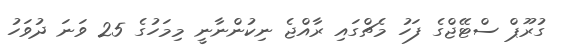
ގުރޫޕް ސްޓޭޖްގެ ފަހު މެޗްގައި ރާއްޖެ ނިކުންނާނީ މިމަހުގެ 25 ވަނަ ދުވަހު